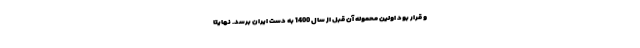
و قرار بود اولین محموله آن قبل از سال 1400 به دست ایران برسد. نهایتا